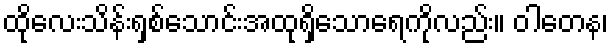
ထိုလေးသိန်းရှစ်သောင်းအထုရှိသောရေကိုလည်း။ ဝါတေန၊